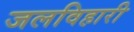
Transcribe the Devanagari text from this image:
जलविहारी